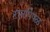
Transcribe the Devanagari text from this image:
रानपिंपळ